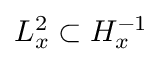
L _ { x } ^ { 2 } \subset H _ { x } ^ { - 1 }